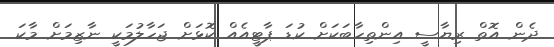
ދެން އޮތް ރިޔާސީ އިންތިހާބަކަށް ކުޑަ ޕާޓީއެއް ކޮޅަށް ޖަހާލުމަކީ ނާޒިމަށް މާކަ